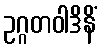
ဥဂ္ဂတဝါဒိနိံ